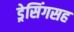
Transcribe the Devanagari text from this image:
ड्रेसिंगसह